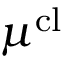
\boldsymbol { \mu } ^ { \mathrm { c l } }